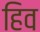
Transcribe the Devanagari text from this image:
हिव